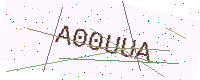
Text: A00UUA